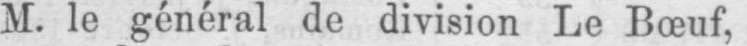
M. le général de division Le Bœuf,